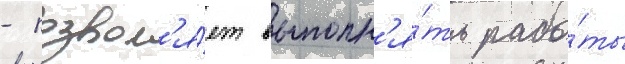
- позвол'я́ет выполн'я́ть рабо́ты